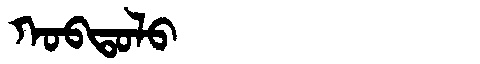
Manchu: ᡴᠣᠪᡨᠣᠯᠣ
Romanization: KOBTOLO